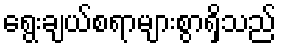
ရွေးချယ်စရာများစွာရှိသည်